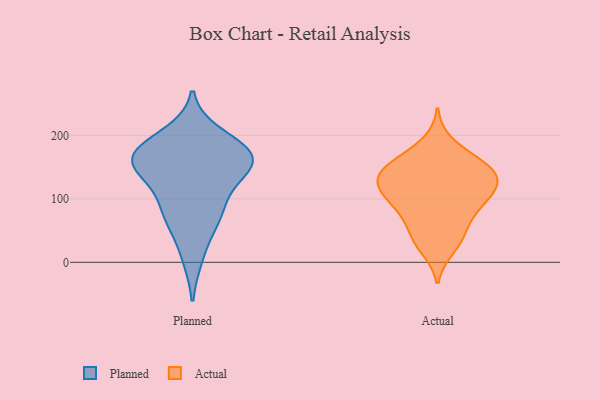
{"axis": {"x": "LTV (USD)", "y": "Value"}, "legend": ["Actual", "Planned"], "data": [{"x": "", "y": 81, "type": "Planned"}, {"x": "", "y": 67, "type": "Planned"}, {"x": "", "y": 10, "type": "Planned"}, {"x": "", "y": 162, "type": "Planned"}, {"x": "", "y": 175, "type": "Planned"}, {"x": "", "y": 122, "type": "Planned"}, {"x": "", "y": 165, "type": "Planned"}, {"x": "", "y": 178, "type": "Planned"}, {"x": "", "y": 79, "type": "Planned"}, {"x": "", "y": 151, "type": "Planned"}, {"x": "", "y": 150, "type": "Planned"}, {"x": "", "y": 199, "type": "Planned"}, {"x": "", "y": 161, "type": "Planned"}, {"x": "", "y": 152, "type": "Actual"}, {"x": "", "y": 125, "type": "Actual"}, {"x": "", "y": 125, "type": "Actual"}, {"x": "", "y": 40, "type": "Actual"}, {"x": "", "y": 64, "type": "Actual"}, {"x": "", "y": 144, "type": "Actual"}, {"x": "", "y": 125, "type": "Actual"}, {"x": "", "y": 93, "type": "Actual"}, {"x": "", "y": 155, "type": "Actual"}, {"x": "", "y": 107, "type": "Actual"}, {"x": "", "y": 22, "type": "Actual"}, {"x": "", "y": 91, "type": "Actual"}, {"x": "", "y": 74, "type": "Actual"}, {"x": "", "y": 158, "type": "Actual"}, {"x": "", "y": 107, "type": "Actual"}, {"x": "", "y": 34, "type": "Actual"}, {"x": "", "y": 150, "type": "Actual"}, {"x": "", "y": 125, "type": "Actual"}, {"x": "", "y": 188, "type": "Actual"}]}